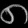
Digit: ၈